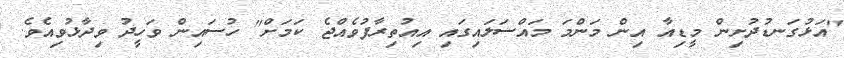
"އަޅުގަނޑުދުށިން މީޑިއާ އިން މަންމަ މައްސަލައިގައި އިއުތިރާފުވެއްޖެ ކަމަށް" ހުސައިން ވަހީދު ވިދާޅުވިއެވެ.